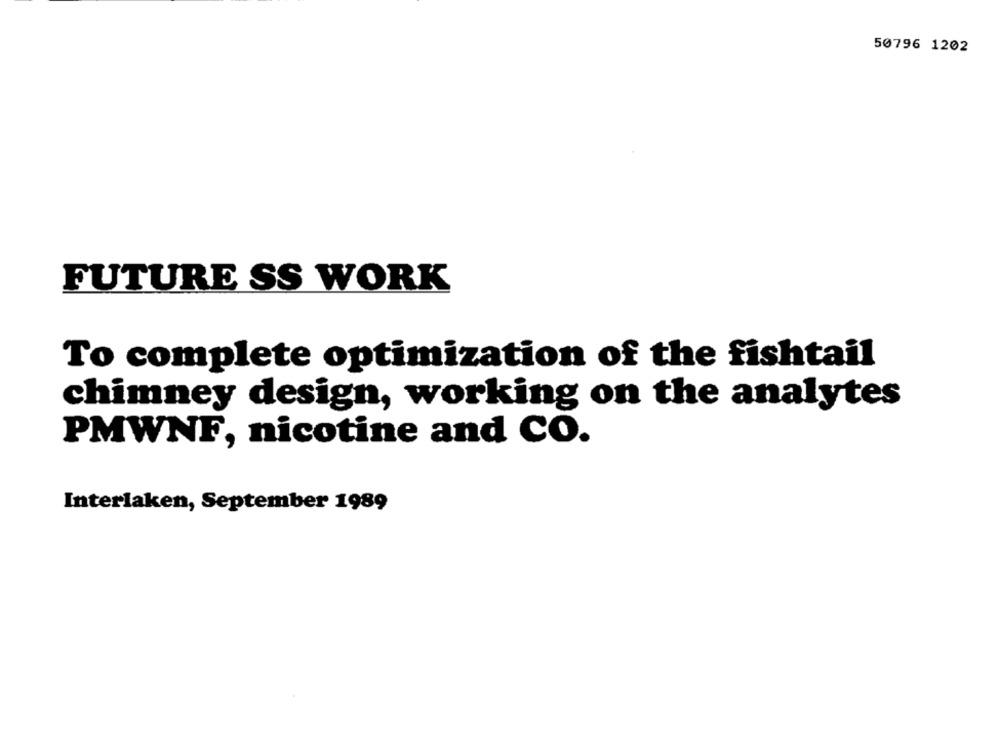
50796 1202
FUTURE SS WORK
To complete optimization of the fishtail
chimney design, working on the analytes
PMWNF, nicotine and CO.
Interlaken, September 1989